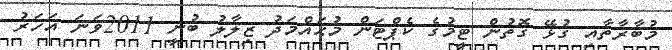
މުބާރާތާއި ގުޅޭ ގޮތުން ޓީމުގެ ކެޕްޓަން މުޙައްމަދު ޒިލާލު ބުނީ 2011ވަނަ އަހަރު